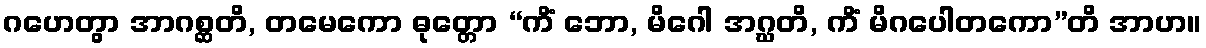
ဂဟေတွာ အာဂစ္ဆတိ, တမေကော ဓုတ္တော “ကိံ ဘော, မိဂေါ အဂ္ဃတိ, ကိံ မိဂပေါတကော”တိ အာဟ။